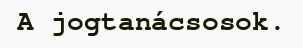
A jogtanácsosok.